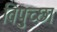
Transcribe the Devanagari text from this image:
विपुच्छा